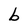
Character: b